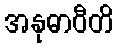
အနုဓာဝီတိ